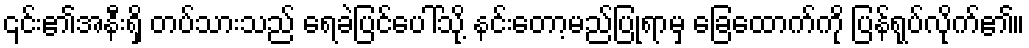
၎င်း၏အနီးရှိ တပ်သားသည် ရေခဲပြင်ပေါ်သို့ နင်းတော့မည်ပြုရာမှ ခြေထောက်ကို ပြန်ရုပ်လိုက်၏။